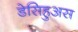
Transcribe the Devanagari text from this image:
डेसिहुअस